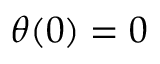
\theta ( 0 ) = 0